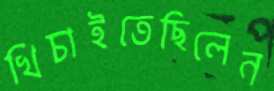
খিচাইতেছিলেন